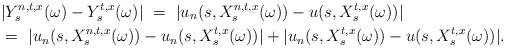
\begin{align*}&|Y_s^{n,t,x}(\omega)-Y_s^{t,x}(\omega)| \ = \ |u_n(s,X_s^{n,t,x}(\omega))-u(s,X_s^{t,x}(\omega))| \\&= \ |u_n(s,X_s^{n,t,x}(\omega))-u_n(s,X_s^{t,x}(\omega))| + |u_n(s,X_s^{t,x}(\omega))-u(s,X_s^{t,x}(\omega))|.\end{align*}